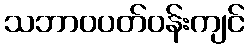
သဘာဝပတ်ဝန်းကျင်